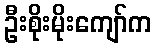
ဦးစိုးမိုးကျော်က